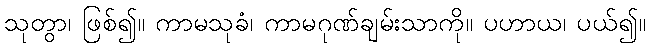
သုတွာ၊ ဖြစ်၍။ ကာမသုခံ၊ ကာမဂုဏ်ချမ်းသာကို။ ပဟာယ၊ ပယ်၍။